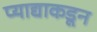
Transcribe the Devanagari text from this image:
प्याद्याकडून